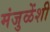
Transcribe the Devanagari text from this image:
मंजुळेंशी